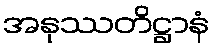
အနုဿတိဋ္ဌာနံ